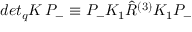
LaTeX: d e t _ { q } K \, P _ { - } \equiv P _ { - } K _ { 1 } \hat { R } ^ { ( 3 ) } K _ { 1 } P _ { - }